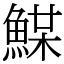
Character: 𩸏